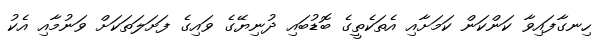
ހިނގާފައިވާ ކަންކަން ކަމަށާއި އެތަކެތީގެ ބޮޑުބައި ދުނިޔޭގެ ވައިގެ ފަށަލަތަކަށް ވަނުމާއި އެކު